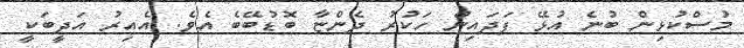
މުސްކުޅިން ބުނެ އުޅޭ ފަދައިން ހަކުރު ދެންޏާ ބޮޑުބޭބެ އެވެ. އެއިރު އަދީބަކީ